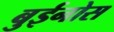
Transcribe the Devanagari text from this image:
बुईनोस